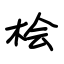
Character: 桧